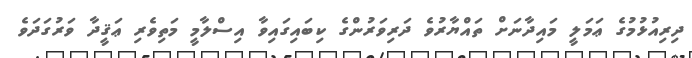
ދިރިއުޅުމުގެ ޢަމަލީ މައިދާނަށް ތައްޔާރުވެ ދަރިވަރުންގެ ކިބައިގައިވާ އިސްލާމީ މަތިވެރި ޢަޤީދާ ވަރުގަދަވެ